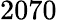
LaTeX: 2070